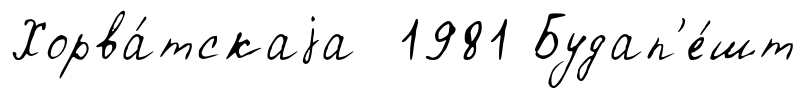
Хорва́тскаjа 1981 Будап'е́шт